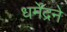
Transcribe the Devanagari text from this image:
धर्मेंद्रने